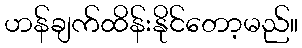
ဟန်ချက်ထိန်းနိုင်တော့မည်။